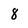
Character: 8